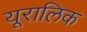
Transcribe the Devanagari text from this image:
यूरालिक